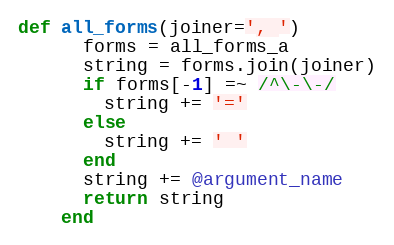
Language: Ruby
def all_forms(joiner=', ')
      forms = all_forms_a
      string = forms.join(joiner)
      if forms[-1] =~ /^\-\-/
        string += '='
      else
        string += ' '
      end
      string += @argument_name
      return string
    end